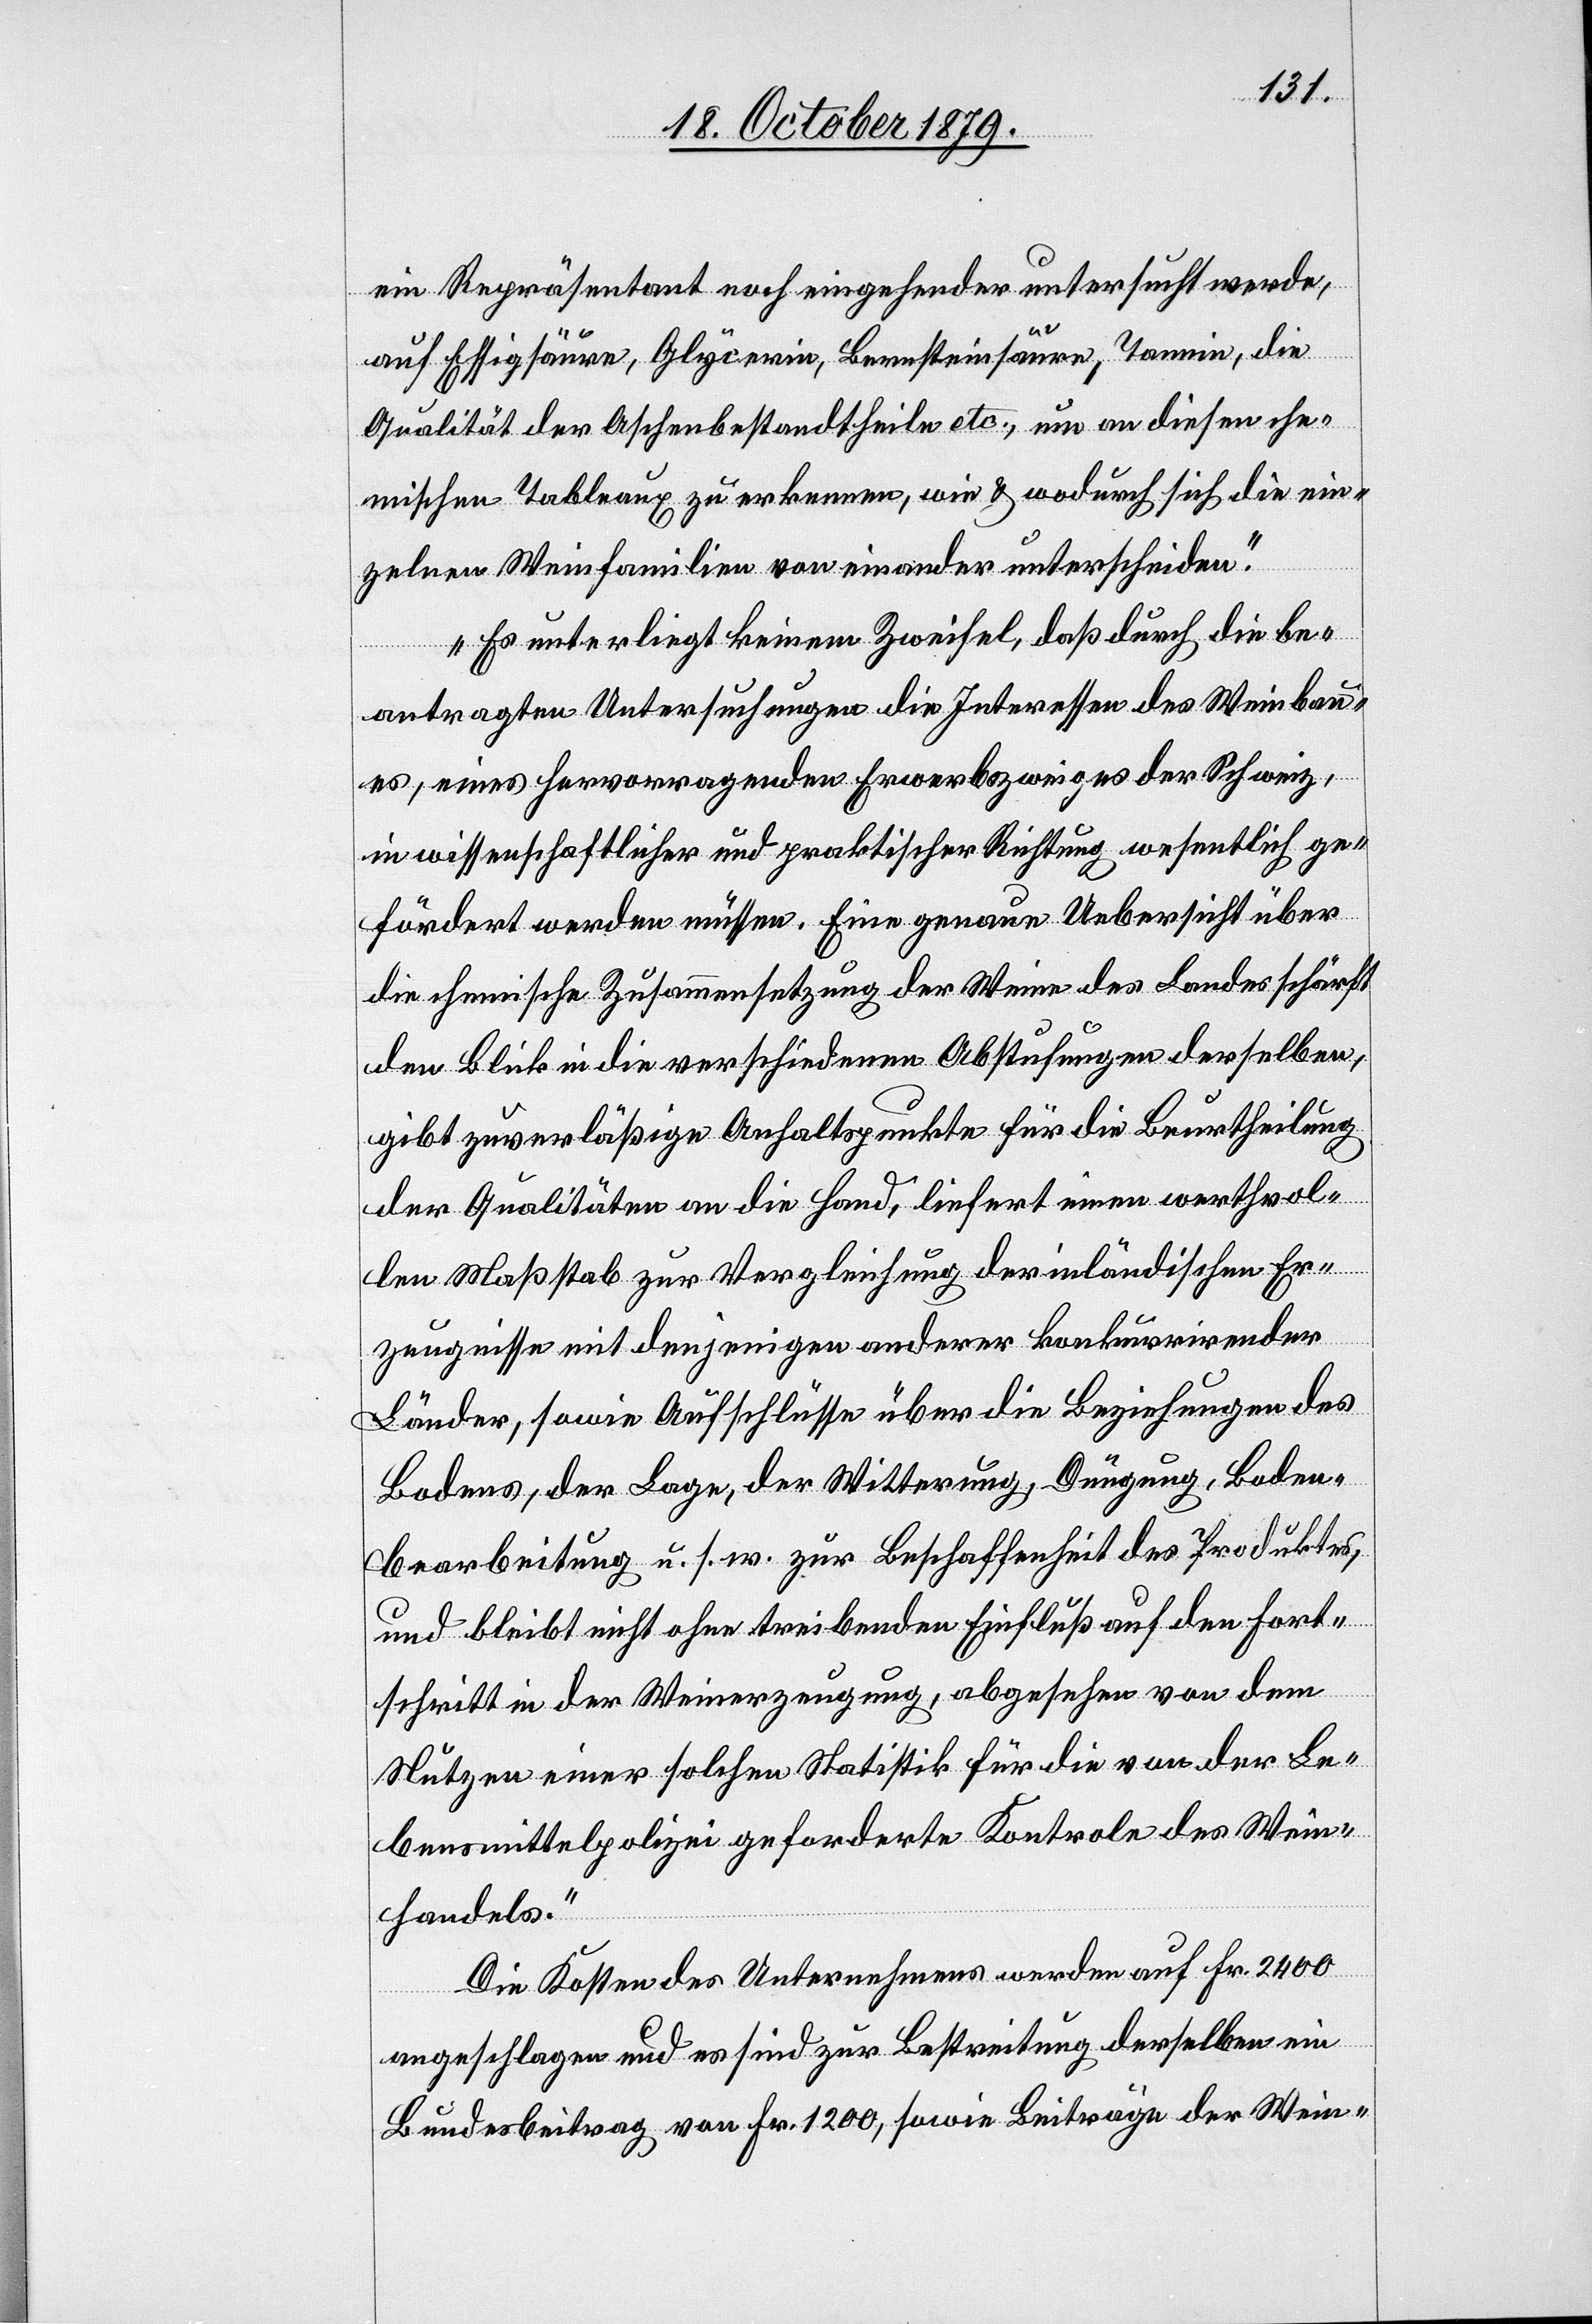
ein Repräsentant noch eingehender untersucht werde,
auf Essigsäure, Glycerin, Bernsteinsäure, Tannin, die
Qualität der Aschenbestandtheile etc., um an diesen che¬
mischen Tableaux zu erkennen, wie & wodurch sich die ein¬
zelnen Weinfamilien von einander unterscheiden.
Es unterliegt keinem Zweifel, daß durch die be¬
antragten Untersuchungen die Interessen des Weinbau¬
es, eines hervorragenden Erwerbzweiges der Schweiz,
in wissenschaftlicher und praktischer Richtung wesentlich ge¬
fördert werden müssen. Eine genaue Uebersicht über
die chemische Zusammensetzung der Weine des Landes schärft
den Blick in die verschiedenen Abstufungen derselben,
gibt zuverläßige Anhaltspunkte für die Beurtheilung
der Qualitäten an die Hand, liefert einen werthvol¬
len Maßstab zur Vergleichung der inländischen Er¬
zeugnisse mit denjenigen anderer konkurrirender
Länder, sowie Aufschlüsse über die Beziehungen des
Bodens, der Lage, der Witterung, Düngung, Boden¬
bearbeitung u. s. w. zur Beschaffenheit des Produktes,
und bleibt nicht ohne treibenden Einfluß auf den Fort¬
schritt in der Weinerzeugung, abgesehen von dem
Nutzen einer solchen Statistik für die von der Le¬
bensmittelpolizei geforderte Kontrole des Wein¬
handels.“
Die Kosten des Unternehmens werden auf Fr. 2400
angeschlagen und es sind zur Bestreitung derselben ein
Bundesbeitrag von Fr. 1200, sowie Beiträge der Wein-